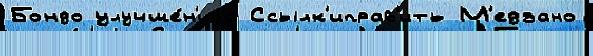
Бондо улучше́н'иjа Ссылк'иправ'ить М'едзано